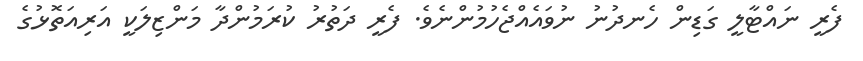
ފެރީ ނައްޓާލީ ގަޑިން ހެނދުނު ނުވައެއްޖެހުމުންނެވެ. ފެރީ ދަތުރު ކުރަމުންދާ މަންޒިލަކީ އަރިއަތޮޅުގެ